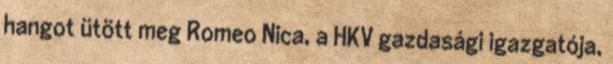
hangot ütött meg Romeo Nica, a HKV gazdasági igazgatója,